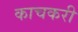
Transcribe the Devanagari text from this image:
काचकरी